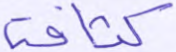
كثافة